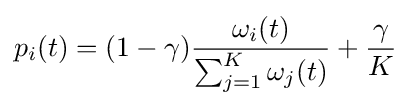
p_{i}(t)=(1-\gamma ){\frac {\omega _{i}(t)}{\sum _{j=1}^{K}\omega _{j}(t)}}+{\frac {\gamma }{K}}